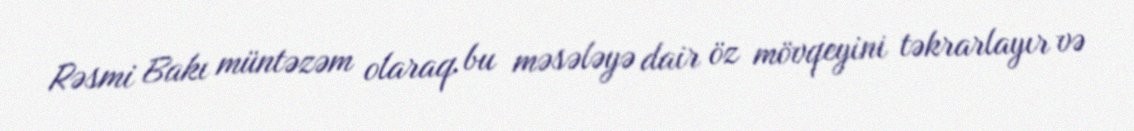
Rəsmi Bakı müntəzəm olaraq bu məsələyə dair öz mövqeyini təkrarlayır və